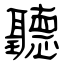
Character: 聽